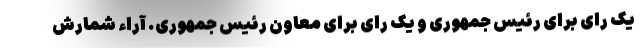
یک رای برای رئیس جمهوری و یک رای برای معاون رئیس جمهوری. آراء شمارش